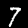
Label: 7